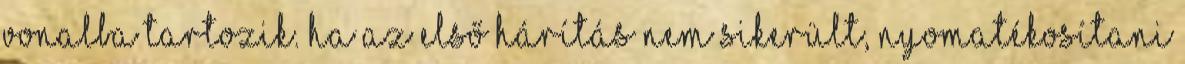
vonalba tartozik. Ha az első hárítás nem sikerült, nyomatékosítani